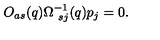
O _ { a s } ( q ) \Omega _ { \ s j } ^ { - 1 } ( q ) p _ { j } = 0 .